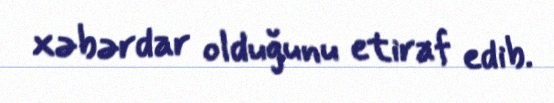
xəbərdar olduğunu etiraf edib.